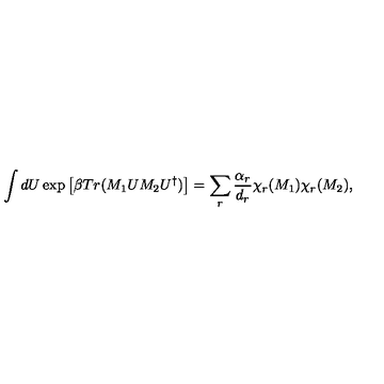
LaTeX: \int d U \exp \left[ \beta T r ( M _ { 1 } U M _ { 2 } U ^ { \dagger } ) \right] = \sum _ { r } \frac { \alpha _ { r } } { d _ { r } } \chi _ { r } ( M _ { 1 } ) \chi _ { r } ( M _ { 2 } ) ,